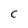
Character: C